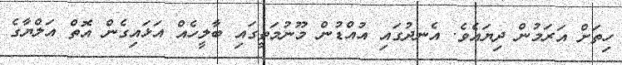
ހިތަށް އަރަމުން ދިޔައެވެ. އެނދުގައި އުއްޑުން މޫނުމަތީގައި ބާލީހެއް އަޅައިގެން އޮތް އަލްޔާގެ